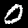
Digit: 0